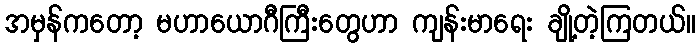
အမှန်ကတော့ မဟာယောဂီကြီးတွေဟာ ကျန်းမာရေး ချို့တဲ့ကြတယ်။